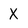
Character: X